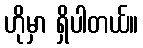
ဟိုမှာ ရှိပါတယ်။